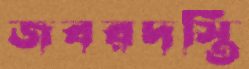
জবরদস্তি